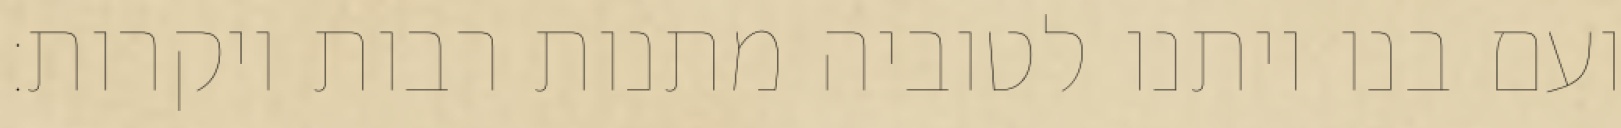
ועם בנו ויתנו לטוביה מתנות רבות ויקרות: